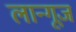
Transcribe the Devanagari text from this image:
लान्गूज